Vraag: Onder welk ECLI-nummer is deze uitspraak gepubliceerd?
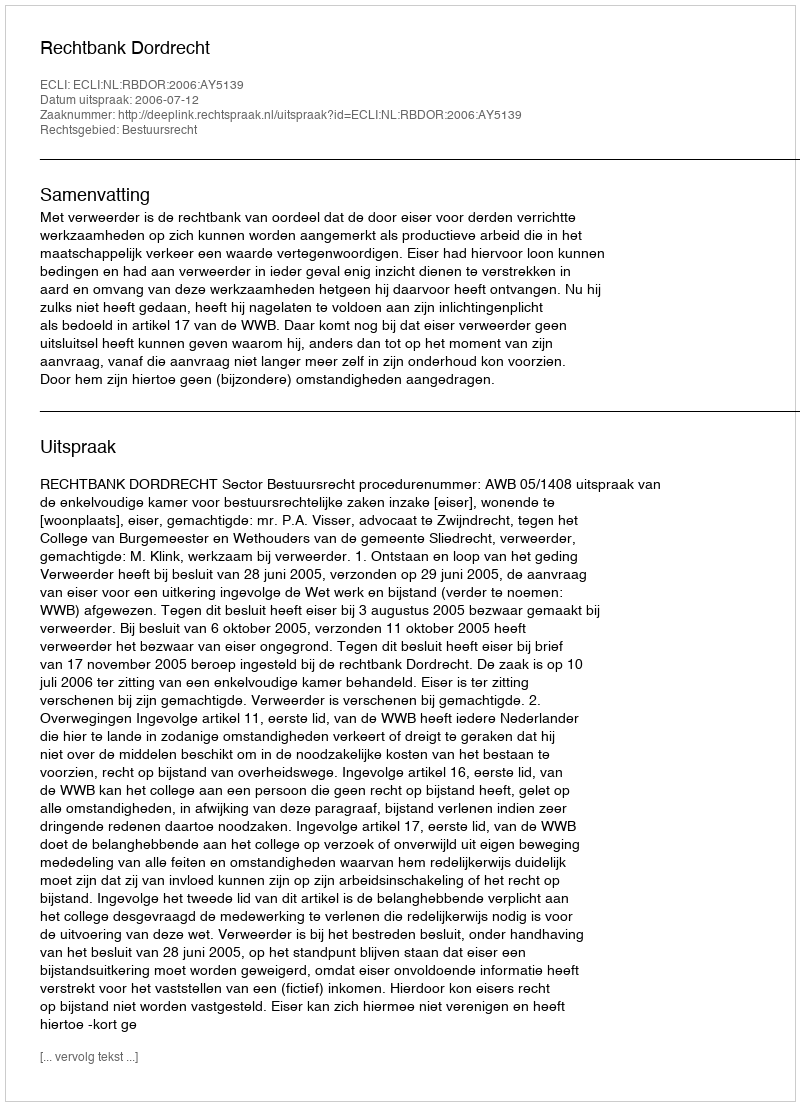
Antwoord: ECLI:NL:RBDOR:2006:AY5139